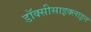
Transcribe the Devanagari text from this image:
डॉक्सीसाइक्लाइन